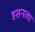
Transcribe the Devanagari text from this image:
हसनला